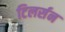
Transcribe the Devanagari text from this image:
टिलर्सन